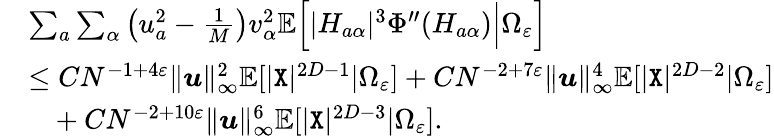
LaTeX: \begin{array}{rl}&{\sum_{a}\sum_{\alpha}\left(u_{a}^{2}-\frac 1{M}\right)v_{\alpha}^{2}\mathbb{E}\Big[|H_{a\alpha}|^{3}\Phi^{\prime\prime}(H_{a\alpha})\Big|\Omega_{\varepsilon}\Big]}\\ &{\leq CN^{-1+4\varepsilon}\| {\boldsymbol u}\| _{\infty}^{2}\mathbb{E}[|{\texttt X}|^{2D-1}|\Omega_{\varepsilon}]+CN^{-2+7\varepsilon}\| {\boldsymbol u}\| _{\infty}^{4}\mathbb{E}[|{\texttt X}|^{2D-2}|\Omega_{\varepsilon}]}\\ &{~~~+CN^{-2+10\varepsilon}\| {\boldsymbol u}\| _{\infty}^{6}\mathbb{E}[|{\texttt X}|^{2D-3}|\Omega_{\varepsilon}].}\end{array}